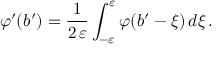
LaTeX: \varphi ^ { \prime } ( b ^ { \prime } ) = \frac { 1 } { 2 \, \varepsilon } \int _ { - \varepsilon } ^ { \varepsilon } \varphi ( b ^ { \prime } - \xi ) \, d \xi \, .